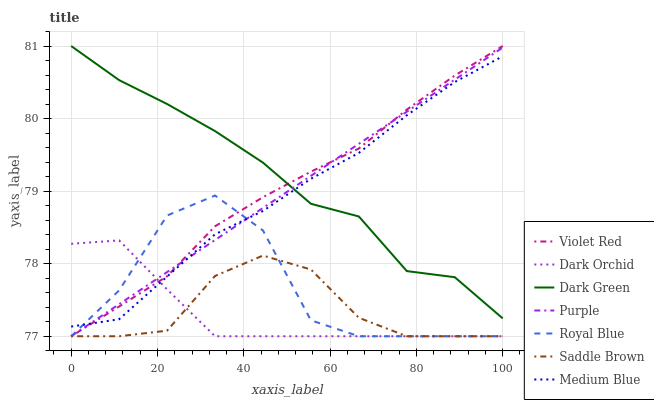
| xaxis_label | Violet Red | Dark Orchid | Dark Green | Purple | Royal Blue | Saddle Brown | Medium Blue |
 | --- | --- | --- | --- | --- | --- | --- | --- |
 | 0 | 77 | 78.3 | 81 | 77 | 77 | 77 | 77.1 |
 | 11.1 | 77.4 | 78.3 | 80.5 | 77.4 | 77.6 | 77 | 77.2 |
 | 22.2 | 77.8 | 77.6 | 80.2 | 77.9 | 78.7 | 77.1 | 77.8 |
 | 33.3 | 78.5 | 77 | 79.8 | 78.3 | 78.9 | 77.8 | 78.4 |
 | 44.4 | 78.9 | 77 | 79.4 | 78.8 | 78.5 | 78.1 | 78.7 |
 | 55.6 | 79.3 | 77 | 78.8 | 79.2 | 77.2 | 77.9 | 79.2 |
 | 66.7 | 79.6 | 77 | 78.7 | 79.7 | 77 | 77.3 | 79.5 |
 | 77.8 | 80.1 | 77 | 77.9 | 80.1 | 77 | 77 | 80 |
 | 88.9 | 80.6 | 77 | 77.8 | 80.5 | 77 | 77 | 80.5 |
 | 100 | 81 | 77 | 77.2 | 81 | 77 | 77 | 80.9 |